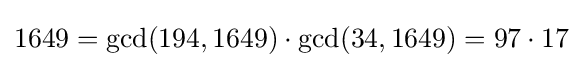
1649=\gcd(194,1649)\cdot \gcd(34,1649)=97\cdot 17